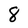
Character: 8